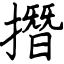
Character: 撍